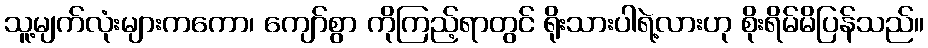
သူ့မျက်လုံးများကကော၊ ကျော်စွာ ကိုကြည့်ရာတွင် ရိုးသားပါရဲ့လားဟု စိုးရိမ်မိပြန်သည်။